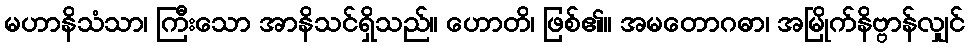
မဟာနိသံသာ၊ ကြီးသော အာနိသင်ရှိသည်။ ဟောတိ၊ ဖြစ်၏။ အမတောဂဓာ၊ အမြိုက်နိဗ္ဗာန်လျှင်